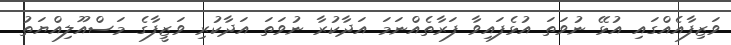
ވަޒިފާއެއްގައި އުޅޭ ނުވަތަ އުޅެފައިވާ ފަރާތެއްނަމަ އަދާކުރާ ނުވަތަ އަދާކުރި ވަޒީފާގެ މަސްއޫލިއްޔަތު